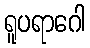
ရူပရာဂေါ